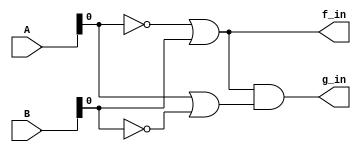
module celda_inicial(
    input [15:0] A, B,              //modelo optimizado para las pruebas de 16-bit
    output f_in, g_in
);

//todas las salidas de Z
assign f_in = (~A|B);

//todas las salidas de la funcion Y
assign g_in = ((~A|B) & (A|~B));

endmodule